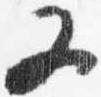
又